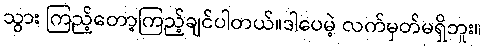
သွား ကြည့်တော့ကြည့်ချင်ပါတယ်။ဒါပေမဲ့ လက်မှတ်မရှိဘူး။